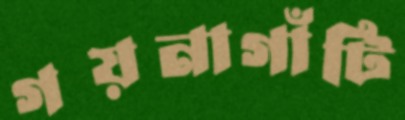
গয়নাগাঁটি